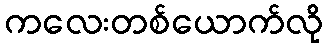
ကလေးတစ်ယောက်လို